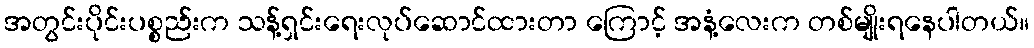
အတွင်းပိုင်းပစ္စည်းက သန့်ရှင်းရေးလုပ်ဆောင်ထားတာ ကြောင့် အနံ့လေးက တစ်မျိုးရနေပါတယ်။